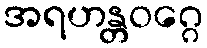
အရဟန္တဝဂ္ဂေ